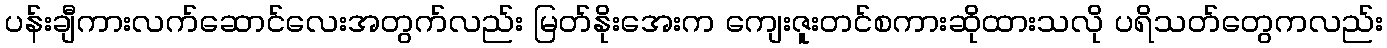
ပန်းချီကားလက်ဆောင်လေးအတွက်လည်း မြတ်နိုးအေးက ကျေးဇူးတင်စကားဆိုထားသလို ပရိသတ်တွေကလည်း